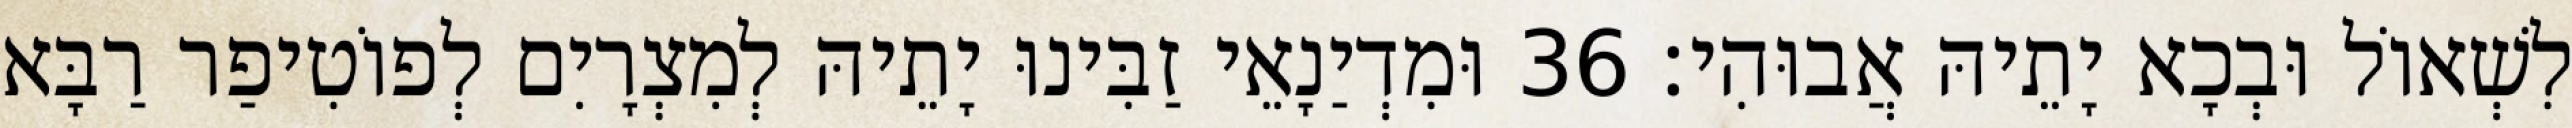
לִשְׁאוֹל וּבְכָא יָתֵיהּ אֲבוּהִי׃ 36 וּמִדְיַנָאֵי זַבִּינוּ יָתֵיהּ לְמִצְרָיִם לְפוֹטִיפַר רַבָּא